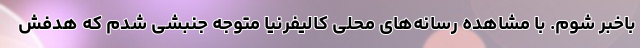
باخبر شوم. با مشاهده رسانه‌های محلی کالیفرنیا متوجه جنبشی شدم که هدفش